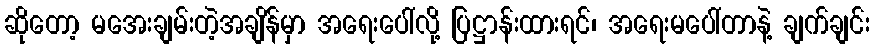
ဆိုတော့ မအေးချမ်းတဲ့အချိန်မှာ အရေးပေါ်လို့ ပြဋ္ဌာန်းထားရင်၊ အရေးမပေါ်တာနဲ့ ချက်ချင်း